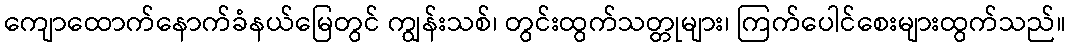
ကျောထောက်နောက်ခံနယ်မြေတွင် ကျွန်းသစ်၊ တွင်းထွက်သတ္တုများ၊ ကြက်ပေါင်စေးများထွက်သည်။